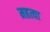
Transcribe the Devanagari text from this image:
महत्या